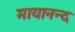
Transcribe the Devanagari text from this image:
मायानन्द